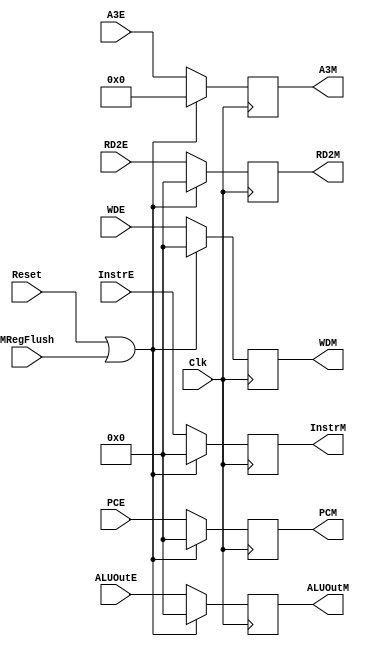
`timescale 1ns / 1ps
//////////////////////////////////////////////////////////////////////////////////
// Company: 
// Engineer: 
// 
// Design Name: 
// Module Name:    MReg 
// Project Name: 
// Target Devices: 
// Tool versions: 
// Description: 
//
// Dependencies: 
//
// Revision: 
// Revision 0.01 - File Created
// Additional Comments: 
//
//////////////////////////////////////////////////////////////////////////////////
module MReg(
    input Clk,
	 input Reset,
	 input MRegFlush,
	 input [31:0] InstrE,
    input [31:0] ALUOutE,
    input [31:0] RD2E,
    input [4:0] A3E,
    input [31:0] WDE,
	 input [31:0] PCE,
    output reg [31:0] InstrM,
    output reg [31:0] ALUOutM,
    output reg [31:0] RD2M,
    output reg [4:0] A3M,
    output reg [31:0] WDM,
	 output reg [31:0] PCM
    );

	always @ (posedge Clk) begin
		if (Reset || MRegFlush) begin
			InstrM <= 0;
			ALUOutM <= 0;
			RD2M <= 0;
			A3M <= 0;
			WDM <= 0;
			PCM <= 0;
		end
		else begin
			InstrM <= InstrE;
			ALUOutM <= ALUOutE;
			RD2M <= RD2E;
			A3M <= A3E;
			WDM <= WDE;
			PCM <= PCE;
		end
	end

endmodule